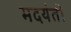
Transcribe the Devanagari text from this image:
मदयंती